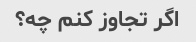
اگر تجاوز کنم چه؟